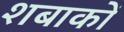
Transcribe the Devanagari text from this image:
शबाकों